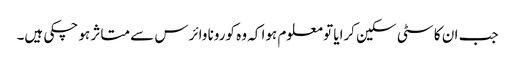
جب ان کا سٹی سکین کرایا تو معلوم ہوا کہ وہ کورونا وائرس سے متاثر ہو چکی ہیں۔